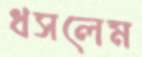
ধসলেম